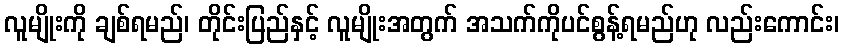
လူမျိုးကို ချစ်ရမည်၊ တိုင်းပြည်နှင့် လူမျိုးအတွက် အသက်ကိုပင်စွန့်ရမည်ဟု လည်းကောင်း၊